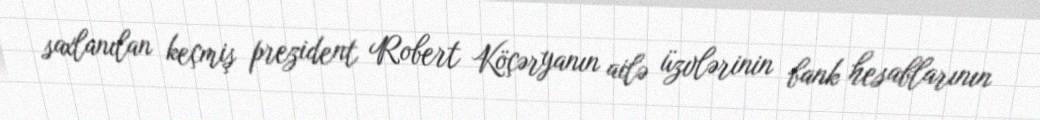
saxlanılan keçmiş prezident Robert Köçəryanın ailə üzvlərinin bank hesablarının